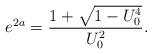
LaTeX: \begin{align*}e^{2a} = \frac{1 + \sqrt{1 - U_0^4}}{U_0^2}.\end{align*}